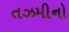
તઝમીનો